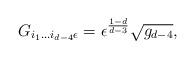
LaTeX: \begin{align*}G_{i_{1}...i_{d-4}\epsilon} = \epsilon^{\frac{1-d}{d-3}}\sqrt{g_{d-4}},\end{align*}